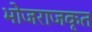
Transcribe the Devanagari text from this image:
भोजराजकृत